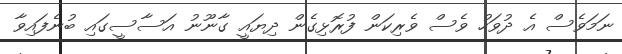
ނަމަވެސް އެ ދުވަހު ވެސް ވެރިކަން ފުރޮޅިގެން ދިޔައީ ގާނޫނު އަސާސީގައި ބުނެފައިވާ